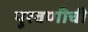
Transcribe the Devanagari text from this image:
पुरवणीची